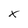
Character: x